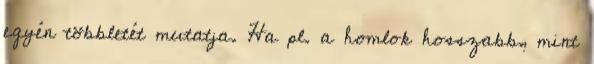
egyén többletét mutatja. Ha pl. a homlok hosszabb, mint